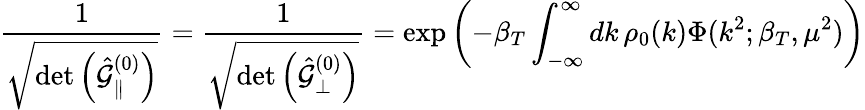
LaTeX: \frac{1}{\sqrt{\operatorname*{det}\left(\hat{{\cal G}}_{\parallel}^{(0)}\right)}}=\frac{1}{\sqrt{\operatorname*{det}\left(\hat{{\cal G}}_{\perp}^{(0)}\right)}}=\exp\left(-\beta_{T}\int_{-\infty}^{\infty}dk\, \rho_{0}(k)\Phi(k^{2};\beta_{T},\mu^{2})\right)